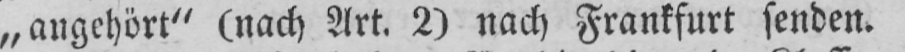
„angehört“ (nach Art. 2) nach Frankfurt senden.